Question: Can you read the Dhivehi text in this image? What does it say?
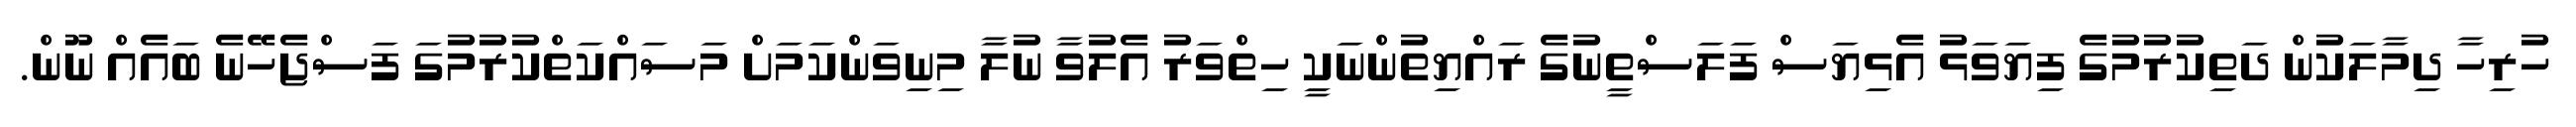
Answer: ހުރިހާ ދިމާލަކުން ދަތިކުރުމުގެ ފިޔަވަޅު އެޅިޔަސް ފަލަސްތީނުގެ ރައްޔިތުންނަކީ ހިތްވަރު އެލުވާ ނުލާ މިނިވަންކަމަށް މަސައްކަތްކުރުމުގަ ފަސްޖެހޭނެ ބައެއް ނޫން.